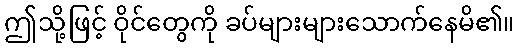
ဤသို့ဖြင့် ဝိုင်တွေကို ခပ်များများသောက်နေမိ၏။